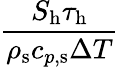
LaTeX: \frac{S_{\mathrm{{h}}}\tau_{\mathrm{h}}}{\rho_{\mathrm{s}}c_{p,\mathrm{s}}\Delta T}